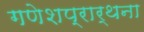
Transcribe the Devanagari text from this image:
गणेशप्रार्थना